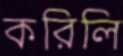
করিলি